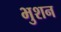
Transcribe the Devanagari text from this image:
भुशन